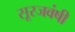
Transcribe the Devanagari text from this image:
सूरजवंषी